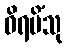
ဝိရမိံသု